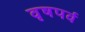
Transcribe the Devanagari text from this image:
वृषपर्व